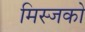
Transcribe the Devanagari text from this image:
मिस्जको